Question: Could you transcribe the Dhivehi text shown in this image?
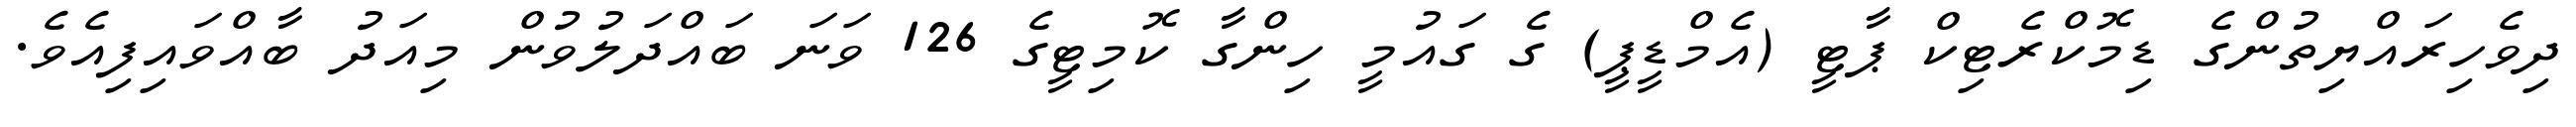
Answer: ދިވެހިރައްޔިތުންގެ ޑިމޮކްރެޓިކް ޕާޓީ (އެމްޑީޕީ) ގެ ގައުމީ ހިންގާ ކޮމިޓީގެ 126 ވަނަ ބައްދަލުވުން މިއަދު ބާއްވައިފިއެވެ.